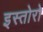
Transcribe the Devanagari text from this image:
इस्तोरो